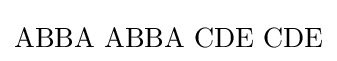
\mathrm {ABBA\,\,ABBA\,\,CDE\,\,CDE}